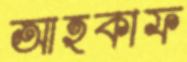
আহকাফ